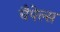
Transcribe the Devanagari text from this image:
चैपेल्स